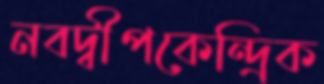
নবদ্বীপকেন্দ্রিক